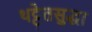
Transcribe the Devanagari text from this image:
थट्टेतसुद्धा